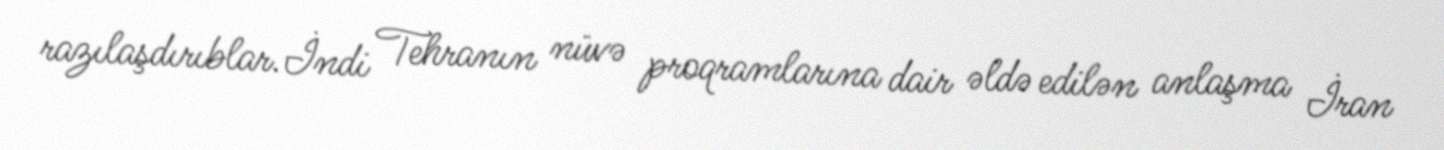
razılaşdırıblar.İndi Tehranın nüvə proqramlarına dair əldə edilən anlaşma İran